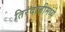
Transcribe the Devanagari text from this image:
तिरंदाजीमध्ये